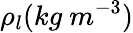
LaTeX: \rho_{l}(kg\ m^{-3})